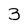
Character: 3